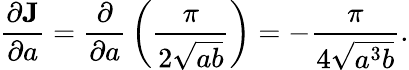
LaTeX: {\frac{\partial{\textbf{J}}}{\partial a}}={\frac{\partial}{\partial a}}\left({\frac{\pi}{2{\sqrt{ab}}}}\right)=-{\frac{\pi}{4{\sqrt{a^{3}b}}}}.